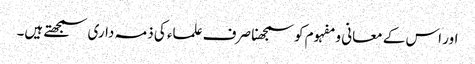
اور اس کے معانی و مفہوم کو سمجھنا صرف علماء کی ذمہ داری سمجھتے ہیں۔